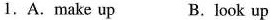
1.A.Make up B.look up